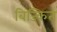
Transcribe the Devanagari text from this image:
बिज्कित